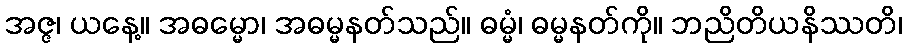
အဇ္ဇ၊ ယနေ့။ အဓမ္မော၊ အဓမ္မနတ်သည်။ ဓမ္မံ၊ ဓမ္မနတ်ကို။ ဘညိတိယနိဿတိ၊